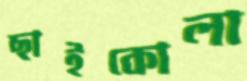
ছাইকোলা